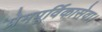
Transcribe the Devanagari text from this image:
प्रेमपूर्विकासेवा।